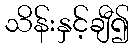
သိန်းနှင့်ချီ၍